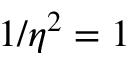
1 / \eta ^ { 2 } = 1